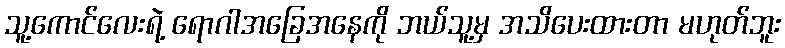
သူ့ကောင်လေးရဲ့ ရောဂါအခြေအနေကို ဘယ်သူ့မှ အသိပေးထားတာ မဟုတ်ဘူး